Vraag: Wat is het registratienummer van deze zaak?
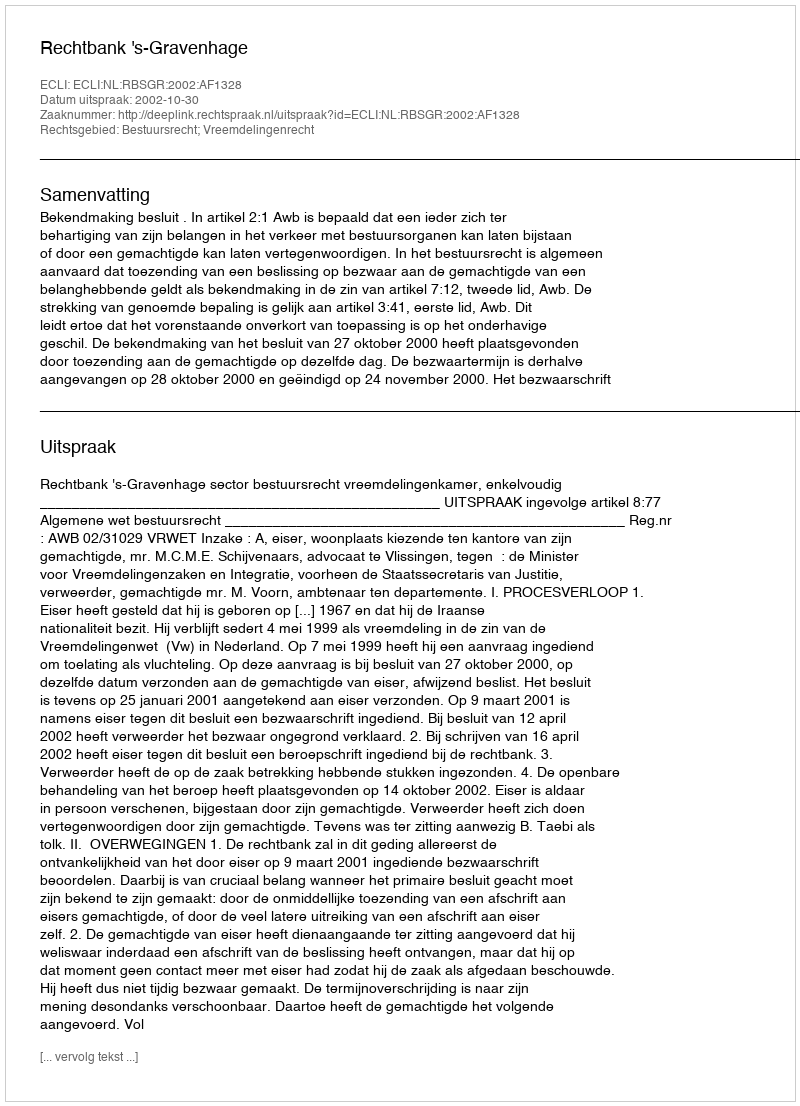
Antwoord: http://deeplink.rechtspraak.nl/uitspraak?id=ECLI:NL:RBSGR:2002:AF1328